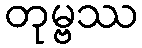
တုမ္ဗဿ